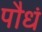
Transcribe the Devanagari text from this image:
पौधं